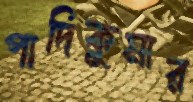
পাদিকুমার